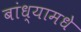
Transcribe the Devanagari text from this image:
बांध्यामधे